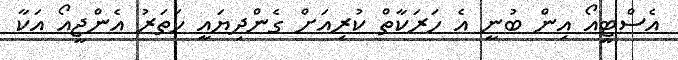
އެސްޓީއޯ އިން ބުނީ އެ ހަރަކާތް ކުރިއަށް ގެންދިޔައީ ހަތަރު އެންޖީއޯ އަކާ